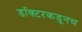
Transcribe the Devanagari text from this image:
डॉक्टरकडूनच